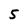
Character: 5